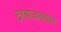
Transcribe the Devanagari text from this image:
दरवाजांबरोबर